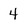
Character: 4